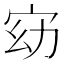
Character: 𫳀